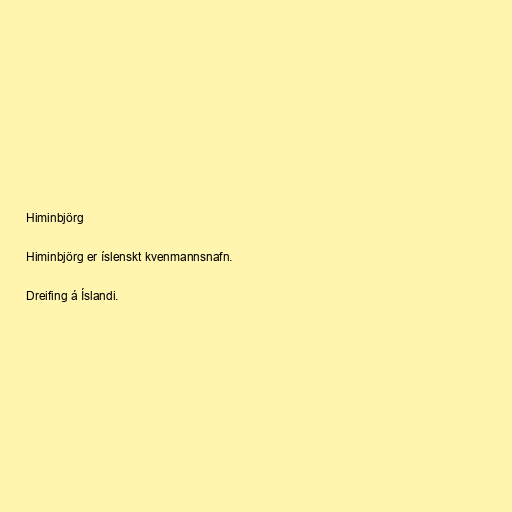
Himinbjörg

Himinbjörg er íslenskt kvenmannsnafn.

Dreifing á Íslandi.